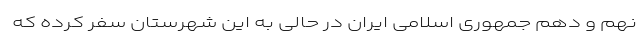
نهم و دهم جمهوری اسلامی ایران در حالی به این شهرستان سفر کرده‌ که